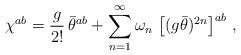
LaTeX: \begin{align*}\chi^{ab}=\frac{g}{2!}\,\bar\theta^{ab}+\sum_{n=1}^\infty\omega_n\,\left[(g\bar\theta)^{2n}\right]^{ab}\,,\end{align*}